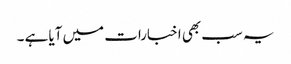
یہ سب بھی اخبارات میں آیا ہے ۔